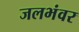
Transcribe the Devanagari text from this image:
जलभंवर